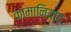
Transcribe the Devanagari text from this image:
कामानियाद्